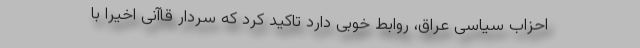
احزاب سیاسی عراق، روابط خوبی دارد تاکید کرد که سردار قاآنی اخیرا با